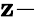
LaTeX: \mathbf{z}-